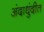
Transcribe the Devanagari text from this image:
अंदाधुंदीत